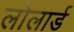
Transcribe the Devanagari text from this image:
लोलार्ड